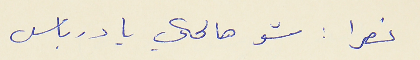
نصرا : شو هالحكي يا درباس